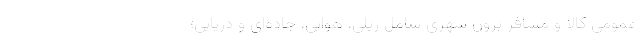
عمومی کالا و مسافرِ برون شهری شامل ریلی، هوایی، جاده‌ای و دریایی؛